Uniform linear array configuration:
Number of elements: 8
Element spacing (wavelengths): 1
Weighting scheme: exponential
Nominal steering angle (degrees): -15
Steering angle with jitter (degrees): -16.61
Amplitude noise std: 0.05
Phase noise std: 0.05

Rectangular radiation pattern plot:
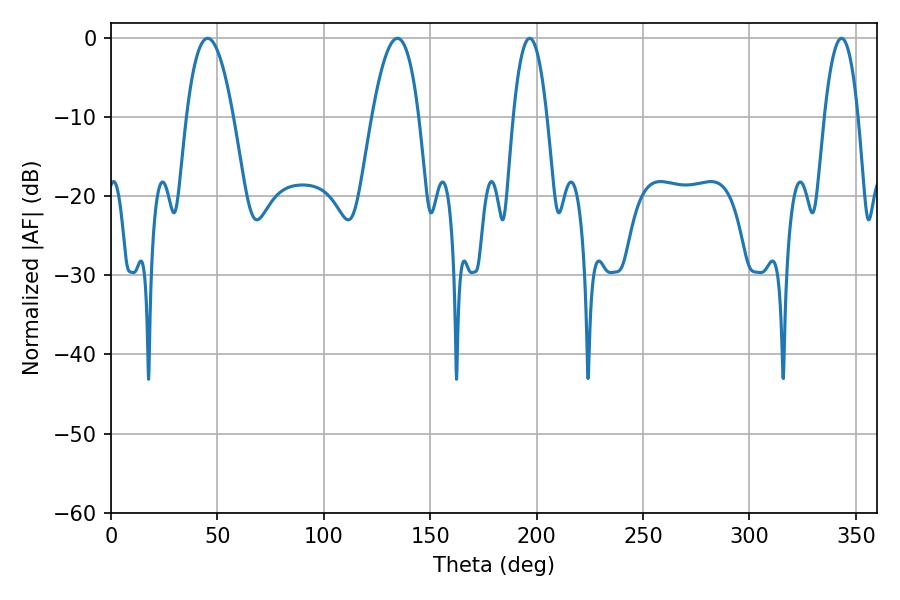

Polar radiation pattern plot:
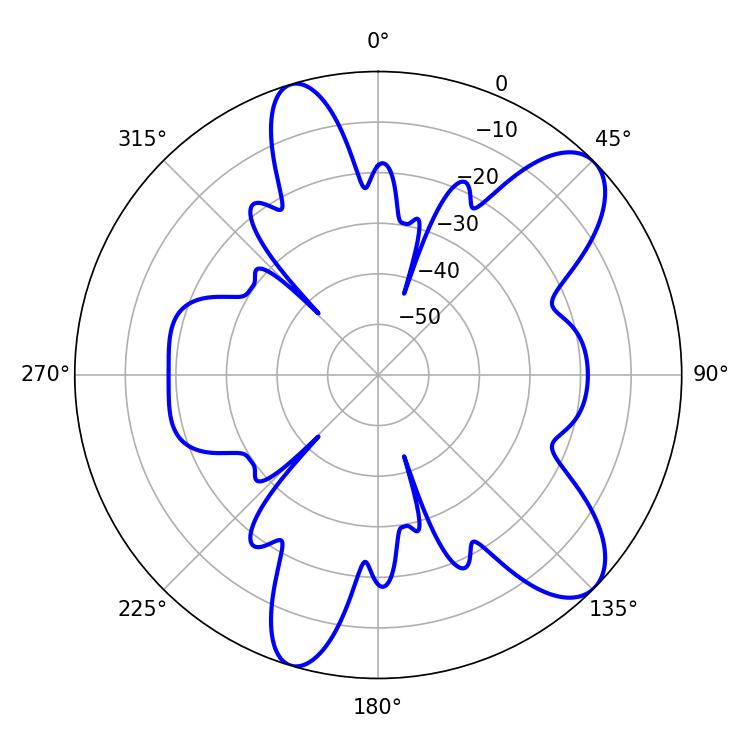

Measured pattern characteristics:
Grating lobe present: TRUE
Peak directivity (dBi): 9.453
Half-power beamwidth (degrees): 8.82
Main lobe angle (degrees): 196.74